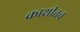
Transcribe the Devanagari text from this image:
काशीतच